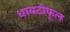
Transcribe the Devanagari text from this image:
धायटीफूल